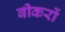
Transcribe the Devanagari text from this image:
बीकरों